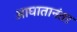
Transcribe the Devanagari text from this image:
आघातानंतर